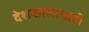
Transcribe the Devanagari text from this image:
देशकालाचाही